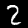
Digit: 2